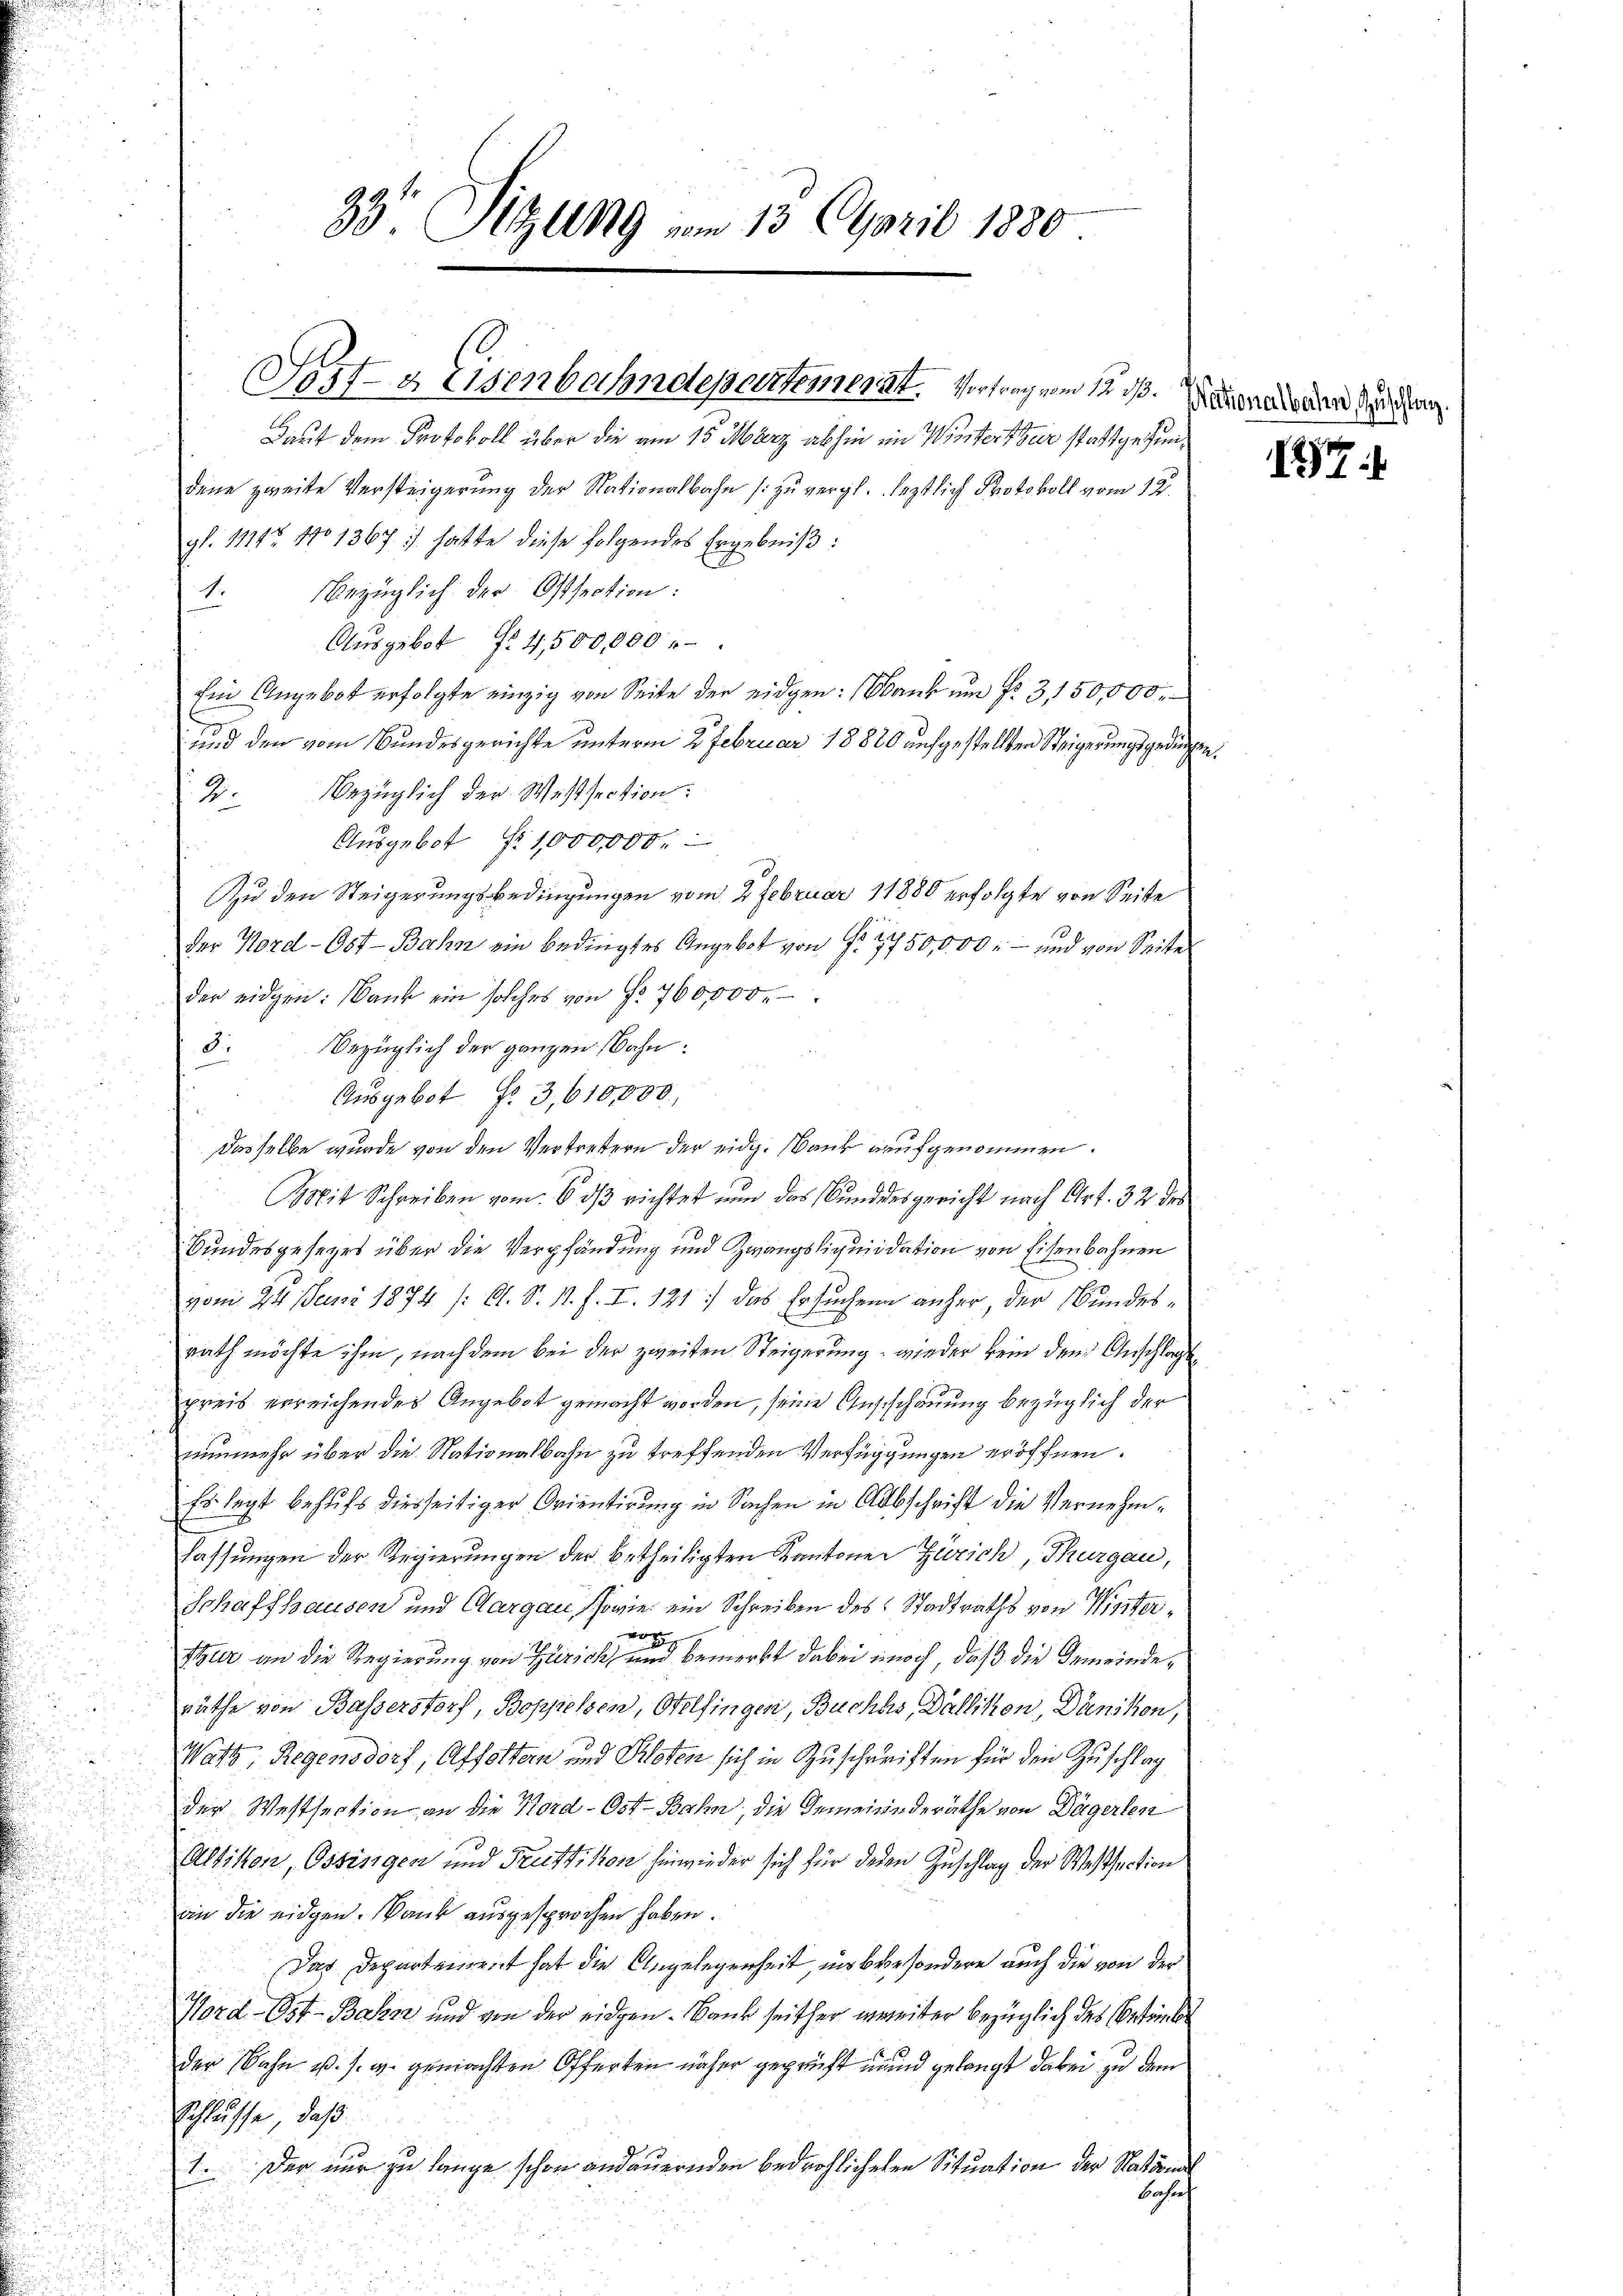
Laut dem Protokoll über die am 15. März abhin in Winterthur stattgefundene zweite Versteigerung der Nationalbahn (zu vergl. letztlich Protokoll vom 12.
gl. 11847 No 1367: hatte diese folgendes Ergebniß:
1. Bezüglich der Ostsection:
Ausgebot No. 4500,000
Ein Angebot erfolgte einzig von Seite der eidgen: (Obank um No. 3150,000.
und den vom Bundesgerichte unterm 2 Februar 18820 aufgestellten Steigerungsgedingen.
2. Bezüglich der Wassection:
Ausgebot f. 1,000,000.
Zu den Steigerungsbedingungen vom 7 Februar 11880 erfolgte von Seite
der Nord- Ost-Bahn ein bedingtes Angebot von Fr. 7750,000 r — und von Seite
der eidgen: Bank ein solches von No 760,000.
3. bezüglich der ganzen Bahn:
Ausgebot No 3,610,000,
Dasselbe wurde von den Vertretern der eidg. Bank aufgenommen.
Mit Schreiben vom 6 dß richtet nun das Bunddesgericht nach Art. 32 des
Bundesgesezes über die Verpfändung und Zwangsliquidation von Eisenbahnen
vom 24. Juni 1874 /: A. S. 11. f. I. 121. das Ersuchen anher, der Bundesrath möchte ihm, nach dem bei der zweiten Steigerung, wieder kein den Anschlagen
preis erreichendes Angebot gemacht worden, seine Aufschauung bezüglich der
nunmehr über die Nationalbahn zu treffenden Verfügungen eröffnen.
Es legt behufs diesseitiger Orientirung in Sachen in Abschrift die Vernehmlassungen der Regierungen der betheiligten Kantonen Zürich Thurgau,
Schaffhausen und Aargau, sowie ein Schreiben des Stadtraths von Wintero
Szur an die Regierung von Zürich und bemerkt dabei unoch, daß die Gemeinderäthe von Basserstorf, Boppelsen, Otelfingen, Buchhs, Dällikon, Dänikon,
Watt, Regensdorf, Affoltern und Kloten sich in Zuschriften für den Zuschlag
der Westsection, an die Nord- Ost-Bahn, die Gemeinderäthe von Dägerten
Altikon, Ossingen und Fruttikon hinwieder sich für deren Zuschlag der Westsection
an die eidgen. Dank ausgesprochen haben.
Das Departement hat die Angelegenheit, um besondere auch die von der
Hord- Ost-Bahn und von der eidgen. Bank seither zweiter bezüglich des Betriebe
der Bahn u. s. w. gemachten Offerten näher geprüft und gelangt dabei zu dem
Schlüsse, daß
Der nur zu lange schon andauernden bedrohlicheten Situation der Station
1
behört

33 Sitzung vom 13. April 1880

Sost- & Eisenbahndepartement. Vortrag vom 12. ds.

Nactionalbahn, Zuschlag.

17